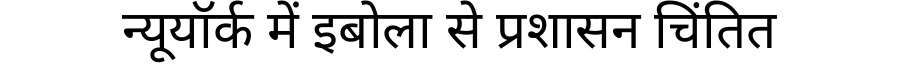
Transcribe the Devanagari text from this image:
न्यूयॉर्क में इबोला से प्रशासन चिंतित